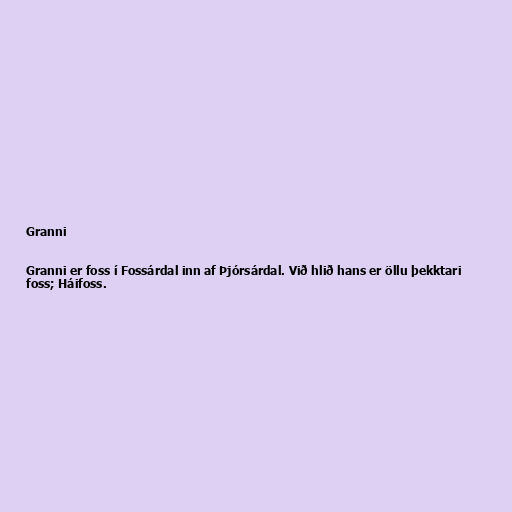
Granni

Granni er foss í Fossárdal inn af Þjórsárdal. Við hlið hans er öllu þekktari
foss; Háifoss.